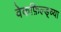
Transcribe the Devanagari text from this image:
वेकफ़िल्ड्च्या